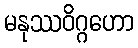
မနုဿဝိဂ္ဂဟော